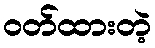
ဝတ်ထားတဲ့